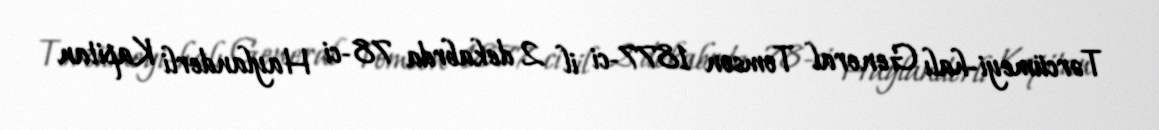
Tərcümeyi-halı General Tomson 1877-ci il 2 dekabrda 78-ci Haylanderli Kapitan